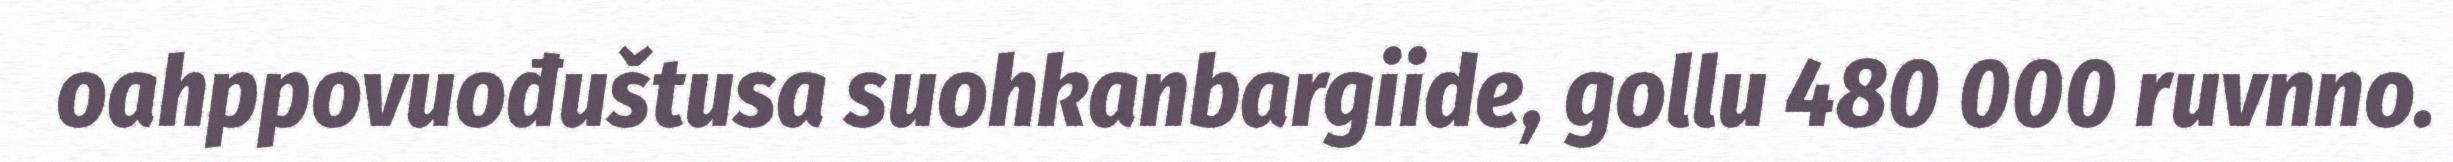
oahppovuođuštusa suohkanbargiide, gollu 480 000 ruvnno.